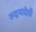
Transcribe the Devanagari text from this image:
रूद्रमादेवी